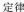
定律